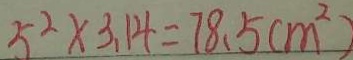
5 ^ { 2 } \times 3 . 1 4 = 7 8 . 5 ( m ^ { 2 } )